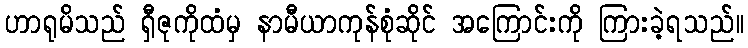
ဟာရုမိသည် ရှီဇုကိုထံမှ နာမီယာကုန်စုံဆိုင် အကြောင်းကို ကြားခဲ့ရသည်။